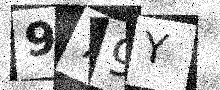
Text: 979Y